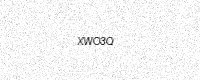
Text: XWO3Q